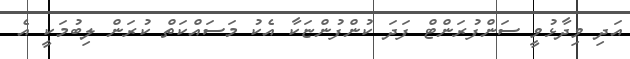
އަދި ވިދާޅުވީ ސަންފުރަންޓް ފަދަ ކުންފުންޏަކާ އެކު މަސައްކަތް ކުރަން ލިބުމަކީ އެ